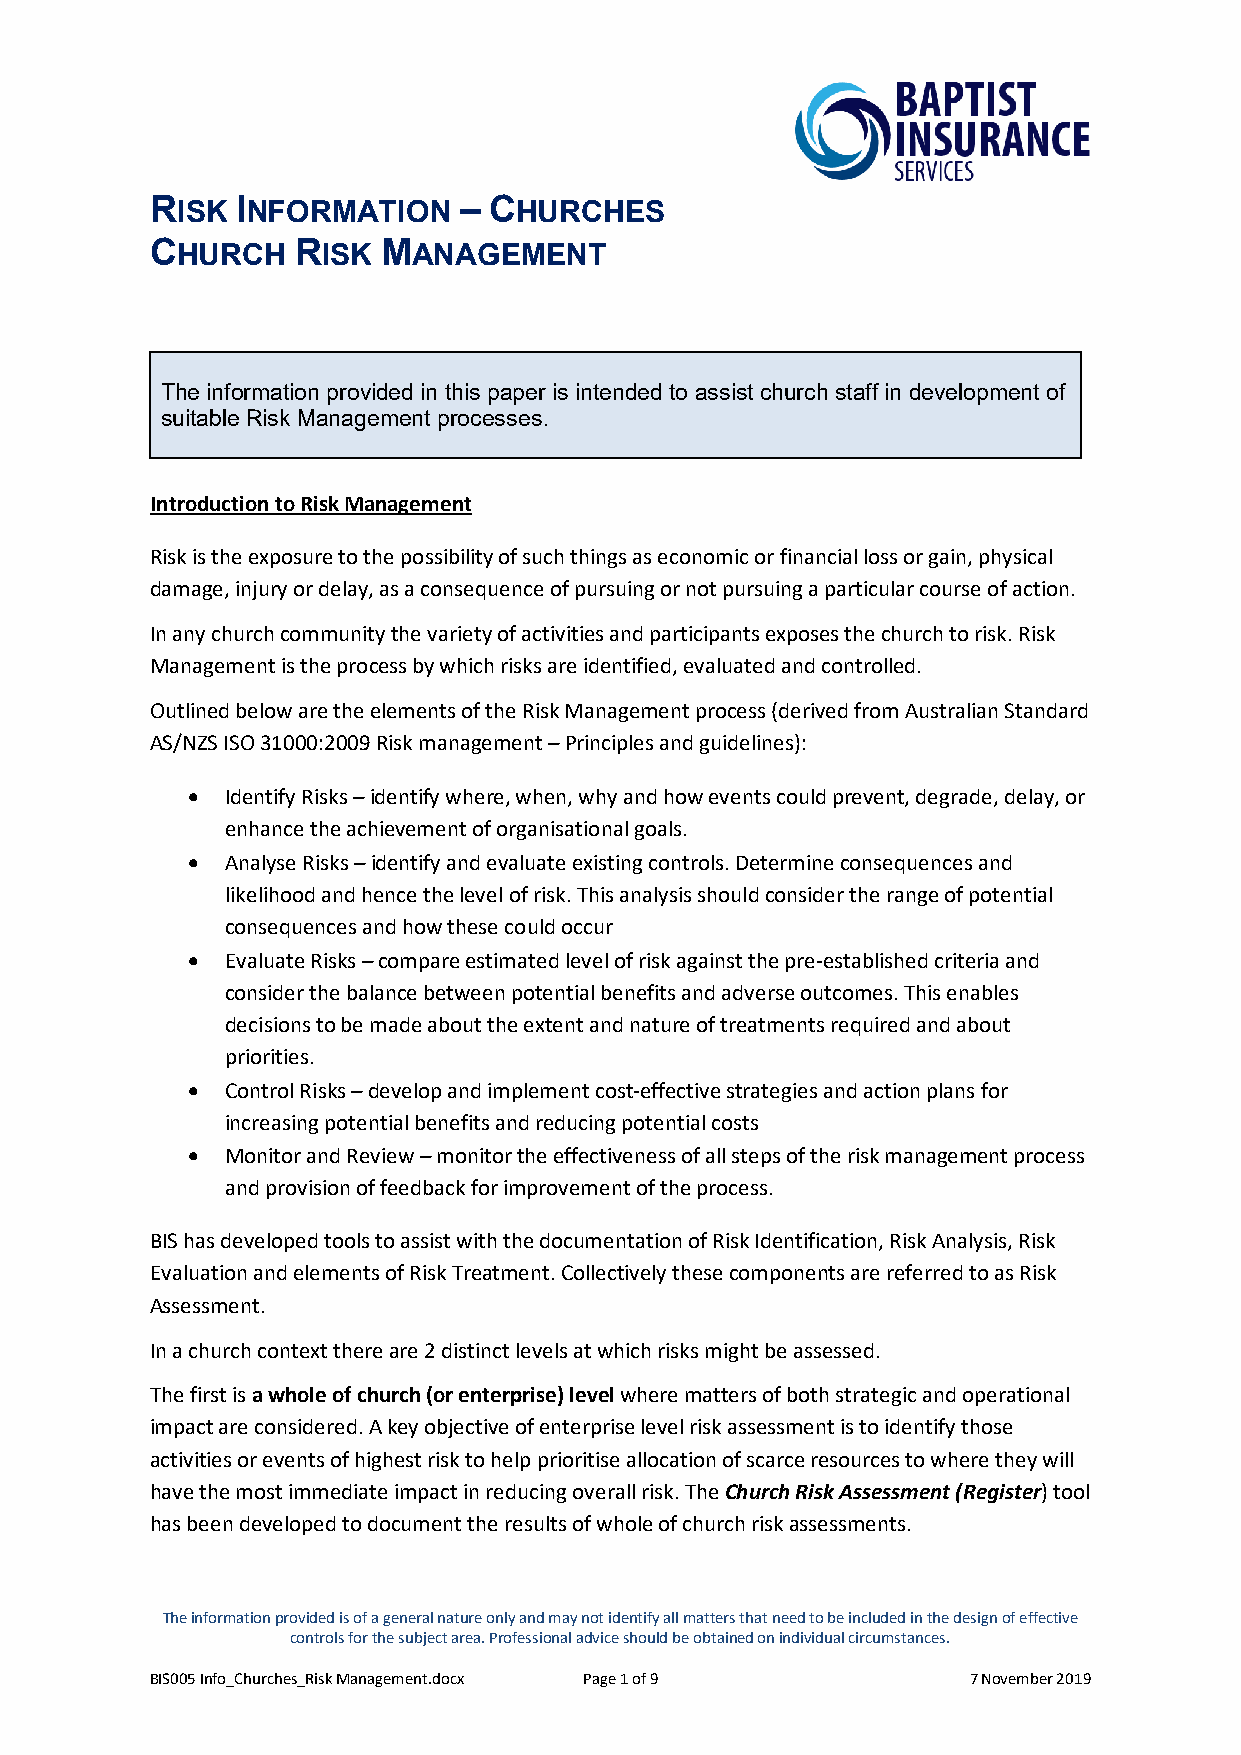
RISK  INFORMATION   – CHURCHES
 CHURCH   RISK  MANAGEMENT
 The information provided in this paper is intended to assist church staff in development of
 suitable Risk Management processes.
 Introduction to Risk Management
 Risk is the exposure to the possibility of such things as economic or financial loss or gain, physical
 damage, injury or delay, as a consequence of pursuing or not pursuing a particular course of action.
 In any church community the variety of activities and participants exposes the church to risk. Risk
 Management is the process by which risks are identified, evaluated and controlled.
 Outlined below are the elements of the Risk Management process (derived from Australian Standard
 AS/NZS ISO 31000:2009 Risk management – Principles and guidelines):
 •  Identify Risks – identify where, when, why and how events could prevent, degrade, delay, or
 enhance the achievement of organisational goals.
 •  Analyse Risks – identify and evaluate existing controls. Determine consequences and
 likelihood and hence the level of risk. This analysis should consider the range of potential
 consequences and how these could occur
 •  Evaluate Risks – compare estimated level of risk against the pre-established criteria and
 consider the balance between potential benefits and adverse outcomes. This enables
 decisions to be made about the extent and nature of treatments required and about
 priorities.
 •  Control Risks – develop and implement cost-effective strategies and action plans for
 increasing potential benefits and reducing potential costs
 •  Monitor and Review – monitor the effectiveness of all steps of the risk management process
 and provision of feedback for improvement of the process.
 BIS has developed tools to assist with the documentation of Risk Identification, Risk Analysis, Risk
 Evaluation and elements of Risk Treatment. Collectively these components are referred to as Risk
 Assessment.
 In a church context there are 2 distinct levels at which risks might be assessed.
 The first is a whole of church (or enterprise) level where matters of both strategic and operational
 impact are considered. A key objective of enterprise level risk assessment is to identify those
 activities or events of highest risk to help prioritise allocation of scarce resources to where they will
 have the most immediate impact in reducing overall risk. The Church Risk Assessment (Register) tool
 has been developed to document the results of whole of church risk assessments.
 The information provided is of a general nature only and may not identify all matters that need to be included in the design of effective
 controls for the subject area. Professional advice should be obtained on individual circumstances.
 BIS005 Info_Churches_Risk Management.docx Page 1 of 9 7 November 2019